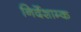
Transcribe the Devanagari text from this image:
निर्देशाम्क